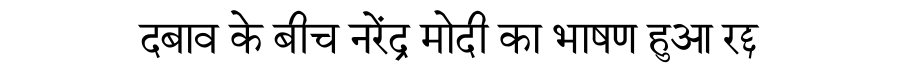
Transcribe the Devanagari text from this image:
दबाव के बीच नरेंद्र मोदी का भाषण हुआ रद्द